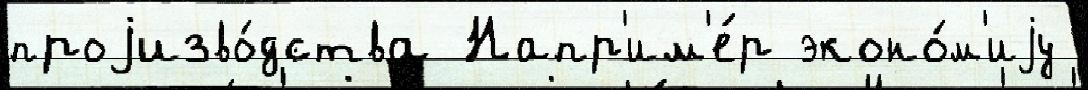
проjизво́дства Напр'им'е́р эконо́м'иjу